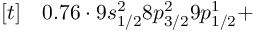
\begin{array} { r l } { [ t ] } & { { } 0 . 7 6 \cdot 9 s _ { 1 / 2 } ^ { 2 } 8 p _ { 3 / 2 } ^ { 2 } 9 p _ { 1 / 2 } ^ { 1 } + } \end{array}